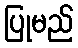
ပြုမည်